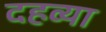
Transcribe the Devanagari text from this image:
दहव्या